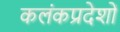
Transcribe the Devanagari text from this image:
कलंकप्रदेशों